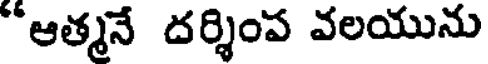
"ఆత్మనే దర్శింప వలయును